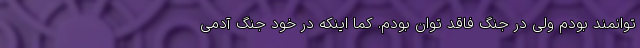
توانمند بودم ولی در جنگ فاقد توان بودم. کما اینکه در خود جنگ آدمی